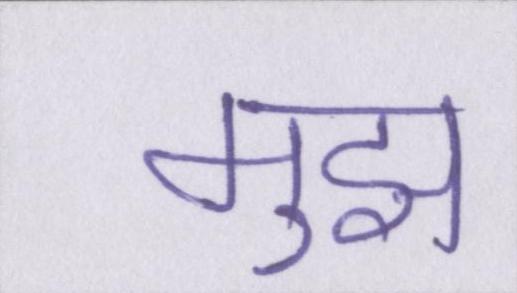
मुझ